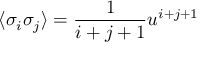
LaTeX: \langle \sigma _ { i } \sigma _ { j } \rangle = \frac { 1 } { i + j + 1 } u ^ { i + j + 1 }